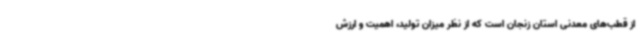
از قطب‌های معدنی استان زنجان است که از نظر میزان تولید، اهمیت و ارزش